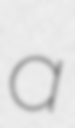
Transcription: a